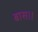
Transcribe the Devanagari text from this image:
बास।।